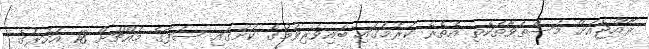
ރާއްޖެއަށް މަސްތުވާތަކެތި އެތެރެ ކުރުމުގައި ބައިވެރިވުމުގެ ކުށުގައި ސަފާގެ މައްޗަށް 18 އަހަރުގެ